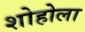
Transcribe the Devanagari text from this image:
शोहोला